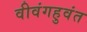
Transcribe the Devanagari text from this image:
वीवंगहुवंत